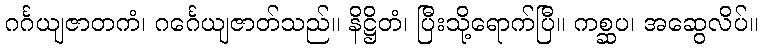
ဂင်္ဂယျဇာတကံ၊ ဂင်္ဂေယျဇာတ်သည်။ နိဋ္ဌိတံ၊ ပြီးသို့ရောက်ပြီ။ ကစ္ဆပ၊ အဆွေလိပ်။